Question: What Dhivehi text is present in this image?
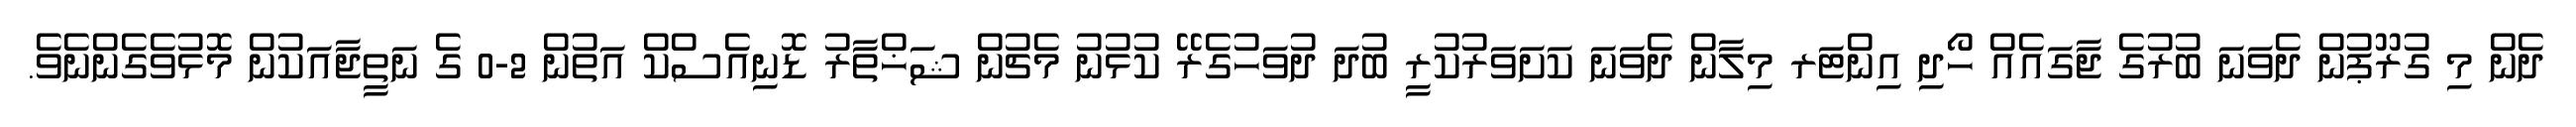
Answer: ދެން މި ގުރޫޕުން ދެވަނަ ބުރުގެ ޖާގައެއް ހޯދި އިންޓަރ މިލާން ދެވަނަ ކަށަވަރުކުރީ ބުދަ ދުވަހުގެރޭ ކުޅުނު މެޗުން ޝަޚްތާރު ޑޮނިއެސްކް އަތުން 2-0 ގެ ނަތީޖާއަކުން މޮޅުވެގެންނެވެ.